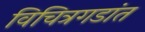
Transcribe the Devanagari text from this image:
विचित्रगडांत